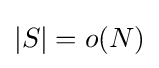
|S|=o(N)